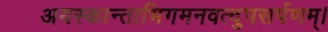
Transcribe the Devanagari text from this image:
अयस्कान्ताभिगमनवत्दुपसर्पणम्।